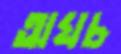
অঘচ